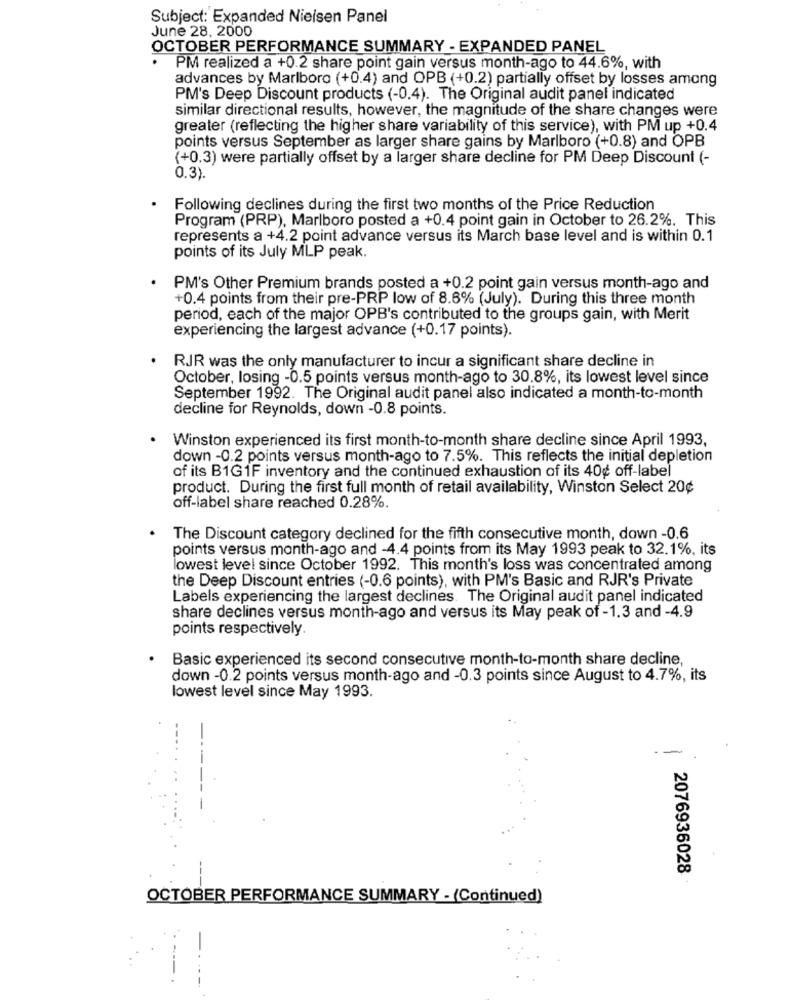
Subject: Expanded Nielsen Panel
June 28, 2000
OCTOBER PERFORMANCE SUMMARY - EXPANDED PANEL
PM realized a +0.2 share point gain versus month-ago to 44.6%, with
advances by Marlboro (+0.4) and OPB (+0.2) partially offset by losses among
PM's Deep Discount products (-0.4). The Original audit panel indicated
similar directional results, however, the magnitude of the share changes were
greater (reflecting the higher share variability of this service), with PM up +0.4
points versus September as larger share gains by Marlboro (+0.8) and OPB
(+0.3) were partially offset by a larger share decline for PM Deep Discount (-
0.3).
Following declines during the first two months of the Price Reduction
Program (PRP), Marlboro posted a +0.4 point gain in October to 26.2%. This
represents a +4.2 point advance versus its March base level and is within 0.1
points of its July MLP peak.
PM's Other Premium brands posted a +0.2 point gain versus month-ago and
+0.4 points from their pre-PRP low of 8.6% (July). During this three month
period, each of the major OPB's contributed to the groups gain, with Merit
experiencing the largest advance (+0.17 points).
RJR was the only manufacturer to incur a significant share decline in
October, losing -0.5 points versus month-ago to 30.8%, its lowest level since
September 1992. The Original audit panel also indicated a month-to-month
decline for Reynolds, down -0.8 points.
Winston experienced its first month-to-month share decline since April 1993,
down -0.2 points versus month-ago to 7.5%. This reflects the initial depletion
of its B1G1F inventory and the continued exhaustion of its 40¢ off-label
product. During the first full month of retail availability, Winston Select 20¢
off-label share reached 0.28%.
The Discount category declined for the fifth consecutive month, down -0.6
points versus month-ago and -4.4 points from its May 1993 peak to 32.1%, its
lowest level since October 1992. This month's loss was concentrated among
the Deep Discount entries (-0.6 points), with PM's Basic and RJR's Private
Labels experiencing the largest declines. The Original audit panel indicated
share declines versus month-ago and versus its May peak of -1.3 and -4.9
points respectively.
Basic experienced its second consecutive month-to-month share decline,
down -0.2 points versus month-ago and -0.3 points since August to 4.7%, its
lowest level since May 1993.
--
2076936028
OCTOBER PERFORMANCE SUMMARY - (Continued)
.....
..